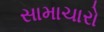
સામાચારો